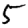
Digit: 5